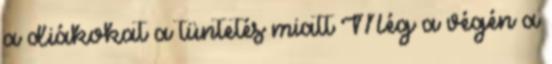
a diákokat a tüntetés miatt Még a végén a